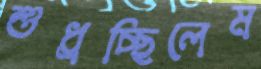
শুধ্‌রচ্ছিলেম